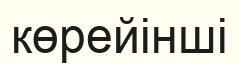
көрейінші